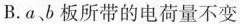
B.a、b板所带的电荷量不变